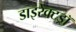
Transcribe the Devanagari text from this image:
डाइरेक्टड्रॉ